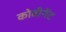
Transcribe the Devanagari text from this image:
कोवीनेंट